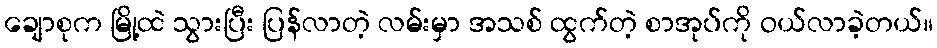
ချောစုက မြို့ထဲ သွားပြီး ပြန်လာတဲ့ လမ်းမှာ အသစ် ထွက်တဲ့ စာအုပ်ကို ဝယ်လာခဲ့တယ်။